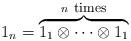
LaTeX: \begin{align*}1_n=\overbrace{1_1\otimes\dots\otimes1_1}^{n\mbox{ \footnotesize times}}\end{align*}